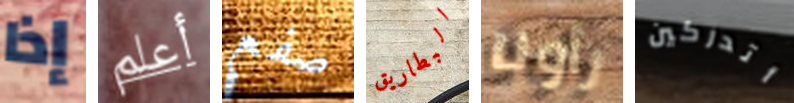
إذا أعلم صفع البطاريق رأونا أتدركين